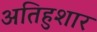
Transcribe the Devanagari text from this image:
अतिहुशार